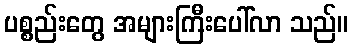
ပစ္စည်းတွေ အများကြီးပေါ်လာ သည်။